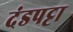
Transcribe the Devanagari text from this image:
दंडपट्टा